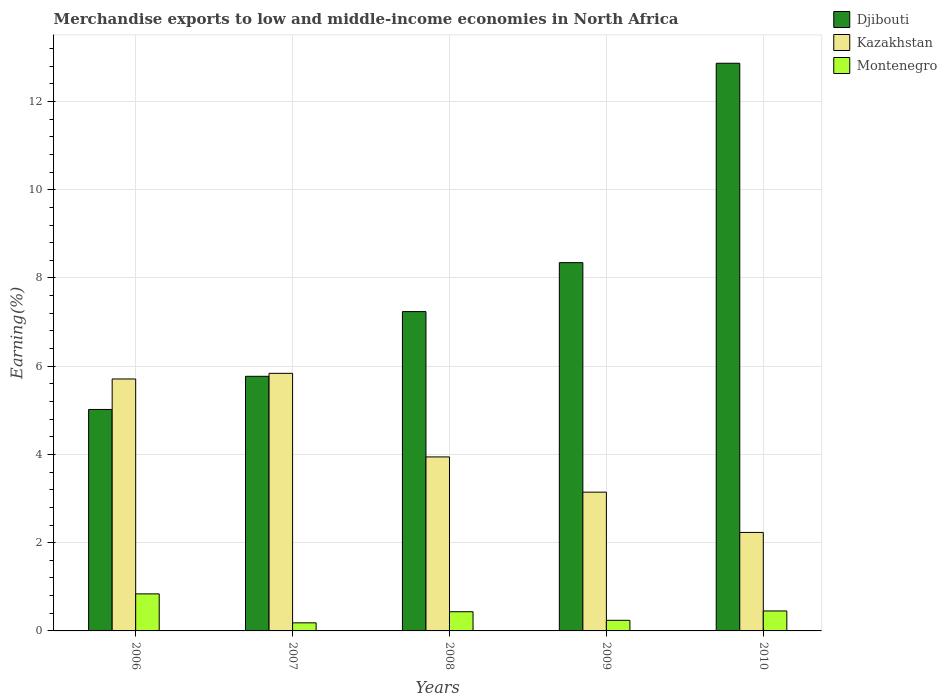
| Years | Djibouti | Kazakhstan | Montenegro |
 | --- | --- | --- | --- |
 | 2006 | 5.02 | 5.71 | 0.84 |
 | 2007 | 5.77 | 5.84 | 0.183 |
 | 2008 | 7.24 | 3.94 | 0.435 |
 | 2009 | 8.35 | 3.15 | 0.24 |
 | 2010 | 12.9 | 2.23 | 0.452 |